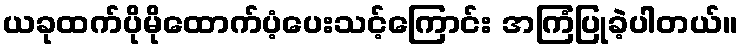
ယခုထက်ပိုမိုထောက်ပံ့ပေးသင့်ကြောင်း အကြံပြုခဲ့ပါတယ်။